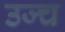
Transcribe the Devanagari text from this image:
उज्च